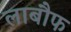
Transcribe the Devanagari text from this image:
लाबौफ